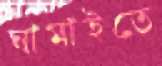
ঘামাইতে